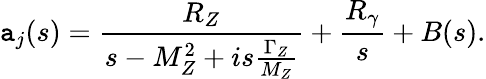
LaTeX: \mathtt{a}_{j}(s)=\frac{{R_{Z}}}{{s-M_{Z}^{2}+is\frac{{\Gamma_{Z}}}{{M_{Z}}}}}+\frac{{R_{\gamma}}}{{s}}+B(s).